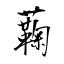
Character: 蘜